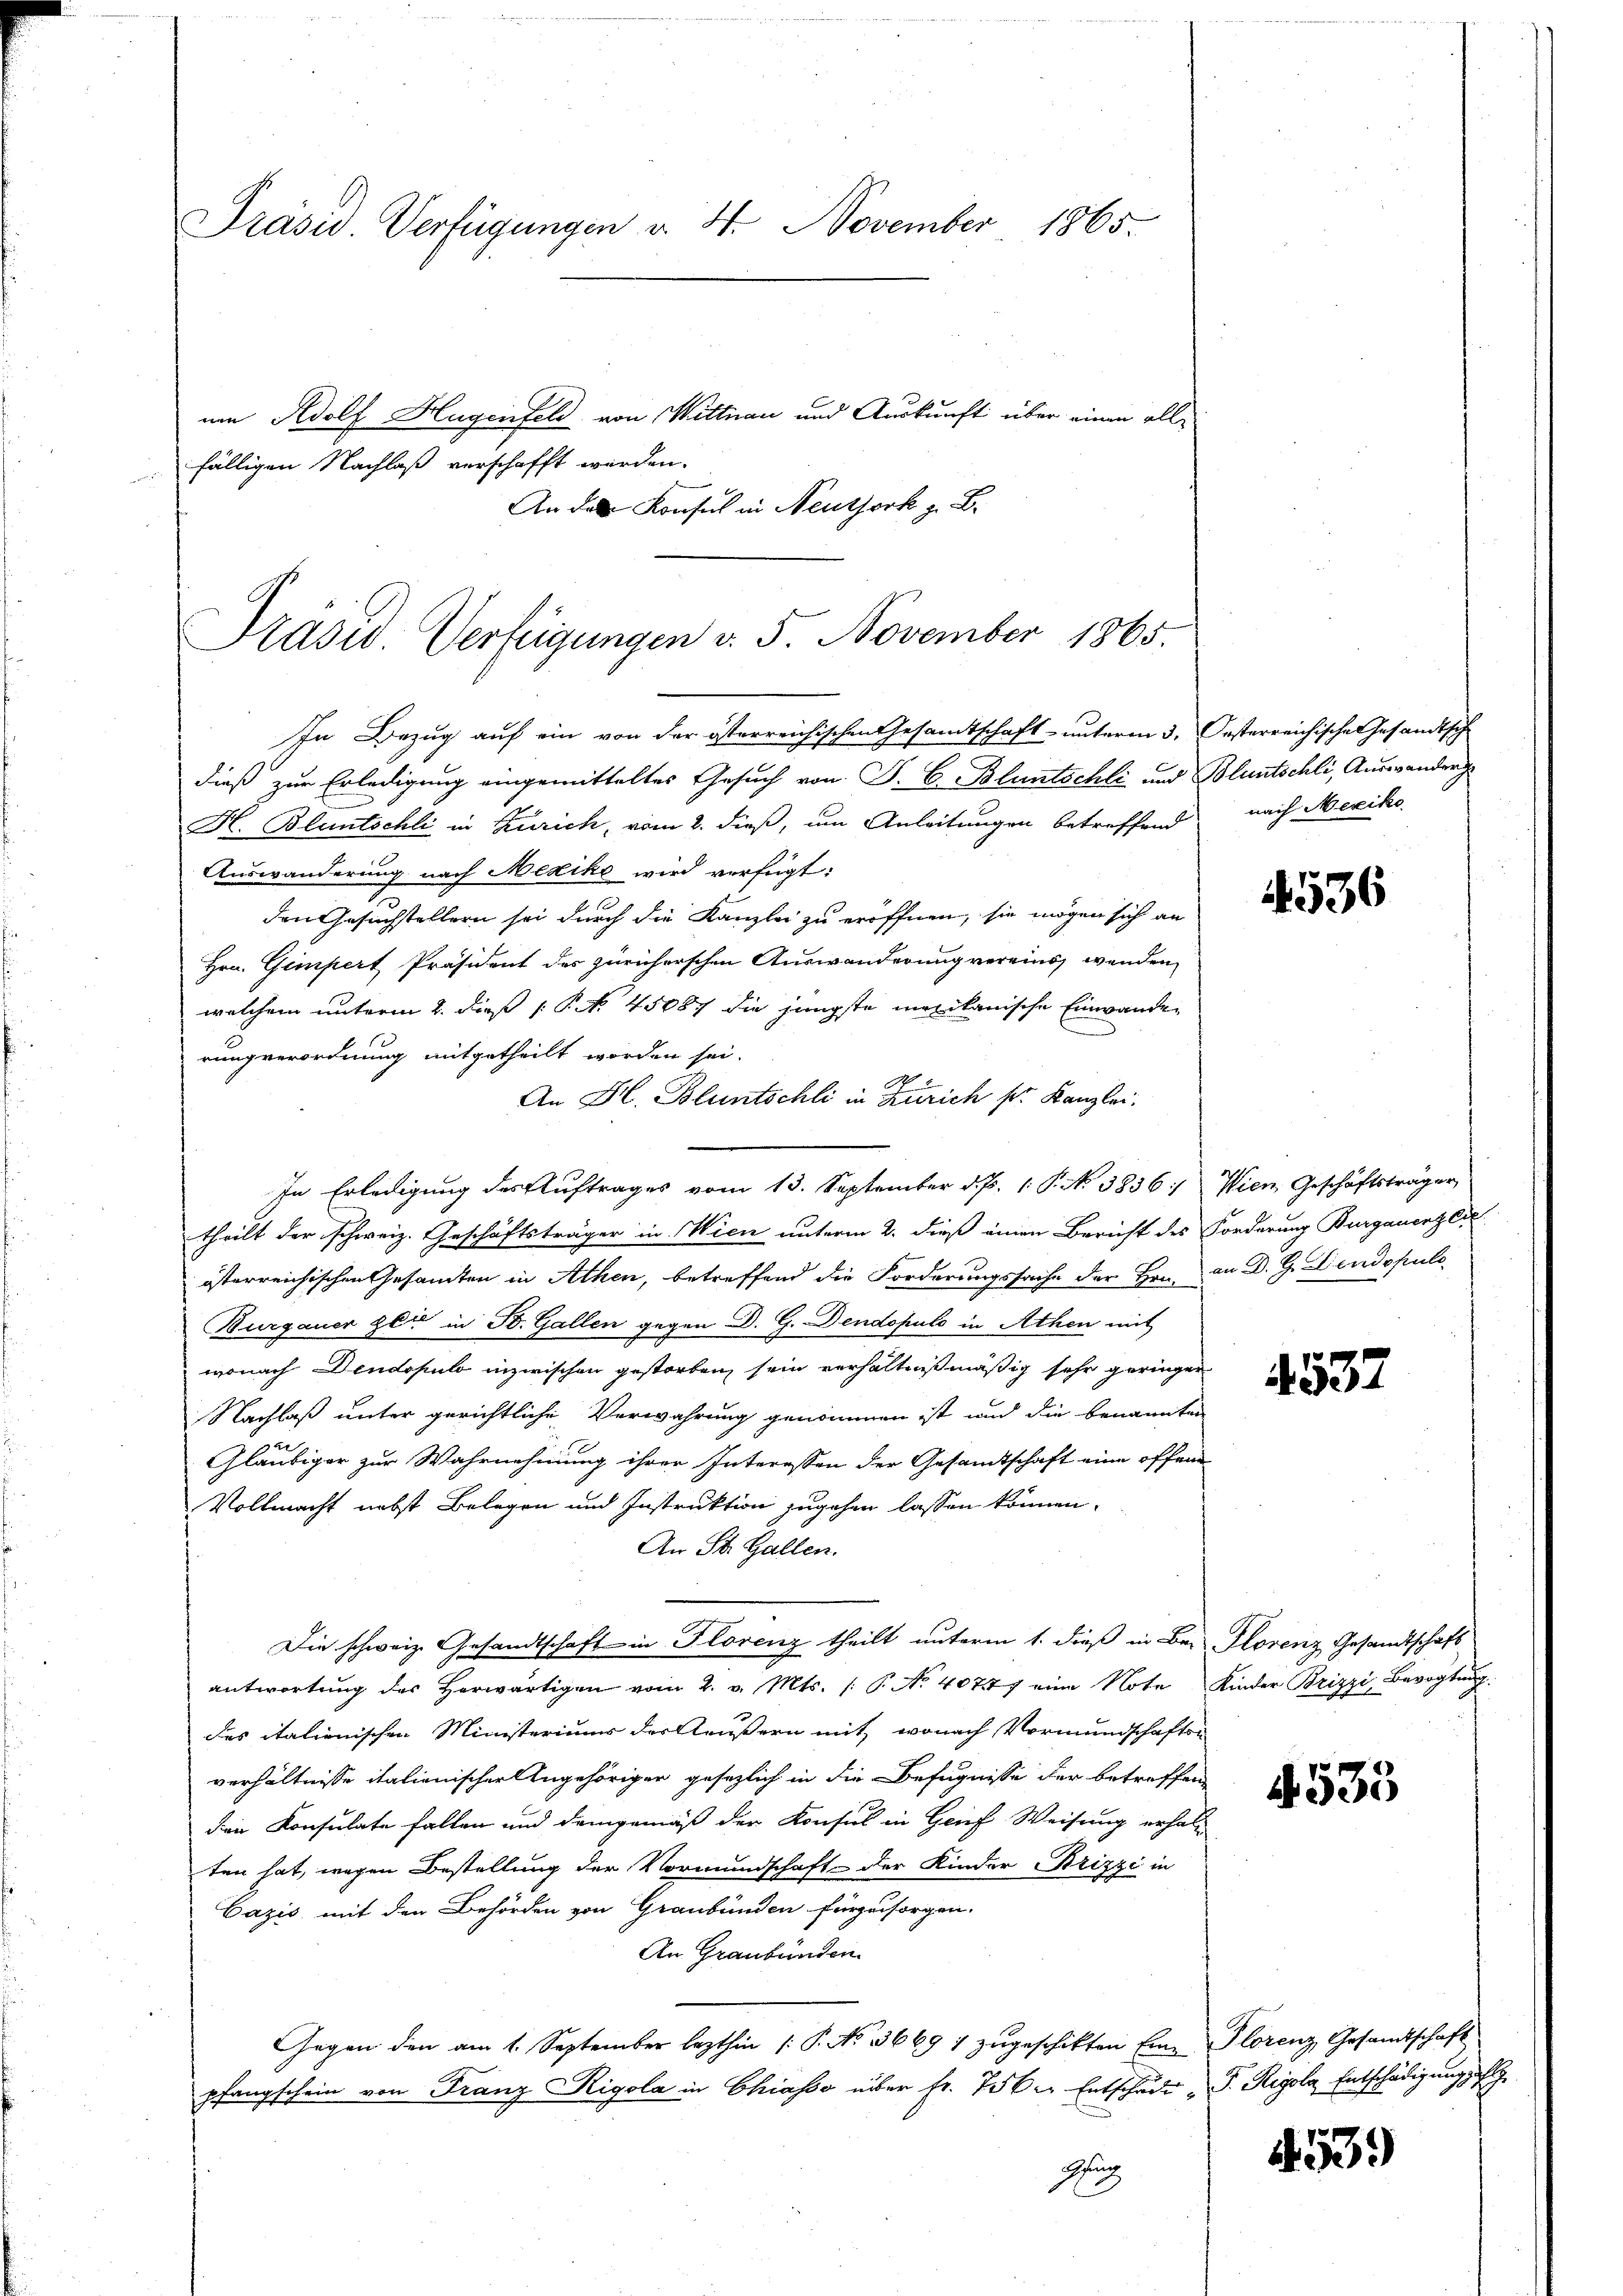
Präsid Verfügungen v. 4. November 1865.
nen Adolf Hagenfeld von Wittnau und Auskunft über einen allfälligen Nachlaß verschafft werden.

An das Konsul in Neuthork z. B.

Präsid. Verfügungen v. 5. November 1865.

In Bezug auf ein von der österreichischen Gesandtschaft- unterm 3. Oesterreichische Gesandtsche
dieß zur Erledigung eingemitteltes Gesuch von P. C. Bluntschli und Bluntschli, Auswanderg
H. Bluntschli in Zürich, vom 2. dieß, um Anleitungen betreffend
Auswanderung nach Mexike wird verfügt:
den Gesuchstellern sei durch die Kanzlei zu eröffnen, sie mögen sich an
Hrn. Gimpert Präsident des Züricherschen Auswanderung vereins, wenden
welchem unterm 2. dieß P. Nr. 45887 die jüngste marikanische Einwande
rungverordnung mitgetheilt worden sei.
An H. Bluntschli in Zürich sr. Kanzlei.
In Erledigung des Auftrages vom 13. September d. Js. 1. P. No 3836. Wien Geschäftsträger
theilt der schweiz. Geschäftsträger in Wien unterm 2. dieß einen Bericht des Forderung Burgauerzeic
österreichischen Gesamten in Athen, betreffend die Forderungssache der Hrn. an D. G. Dendopulo
Burgauer zeit in St. Gallen gegen D. G. Dendopuls in Athen mit
wonach Dendopulo inzwischen gestorben sein verhältnißmäßig sehr geringer
Nachlaß unter gerichtliche Verwahrung genommen ist und die benannten
Gläubiger zur Wahrnehmung ihrer Interessen der Gesamtschaft eine offend
Vollmacht nebst Belegen und Instruktion zugehen lassen können.
An St. Gallen.
Die schweiz. Gesandtschaft in Florenz theilt unterm 1. dieß in Bei Florenz Gesandtschaft
antwortŭng des herwärtigen vom 2. v. Mts. /: P. No. 40777 eine Note Kinder Brizzi, Bevogtung
des italienischen Ministeriums des äußern mit, wonach Vormundschaften
verhältnisse italienischer Angehöriger gesezlich in die Befugnisse der betreffen
den Konsulate fallen und demgemäß der Konsul in Grief Weisung erhal
ten hat, wegen Bestellung der Vormundschaft der Kinder Brizzi in
Cazis mit den Behörden von Graubünden fürzusorgen.
An Graubünden.
Gegen den am 1. September lezthin (: P. No. 3669 1 zŭgeschikten Eine Florenz, Gesandtschaft
pfangschein von Franz Rigola in Chiasso über fr. 75 der Entschade " J. Rigole Entschädigung u
Zug

nach Mexiko

4536

4537

533

453.